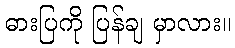
ဓားပြကို ပြန်ချ မှာလား။